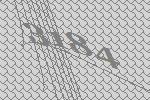
3184